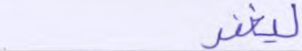
ليغفر